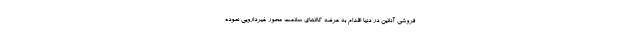
فروشی آنلاین در دنیا اقدام به عرضه کالاهای سلامت محور غیردارویی نموده